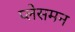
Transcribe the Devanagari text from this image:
प्लेसमन